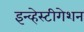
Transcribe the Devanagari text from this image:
इन्व्हेस्टीगेशन